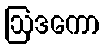
ဩဒကော